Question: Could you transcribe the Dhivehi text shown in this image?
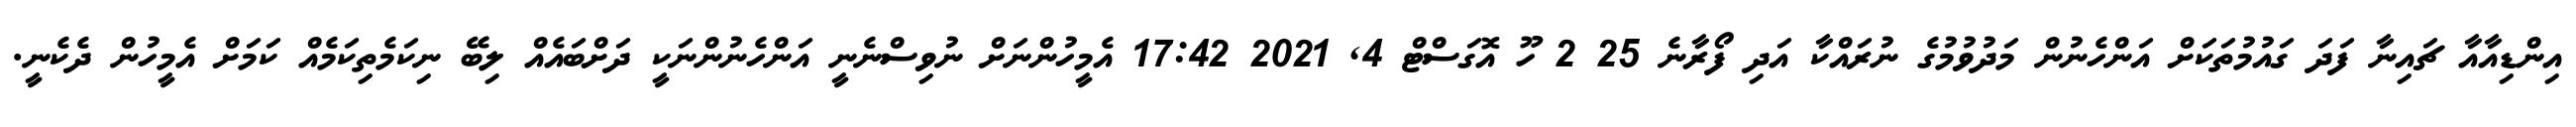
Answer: އިންޑިއާއާ ޗައިނާ ފަދަ ގައުމުތަކަށް އަންހެނުން މަދުވުމުގެ ނުރައްކާ އަދި ފޯރާނެ 25 2 ހޫ އޮގަސްޓް 4, 2021 17:42 އެމީހުންނަށް ނުވިސްނެނީ އަންހެނުންނަކީ ދަށްބައެއް ލިބޭ ނިކަމެތިކަމެއް ކަމަށް އެމީހުން ދެކެނީ.